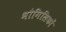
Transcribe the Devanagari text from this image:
भौगिलिकों